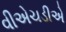
વીએચડીએ